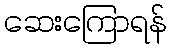
ဆေးကြောရန်